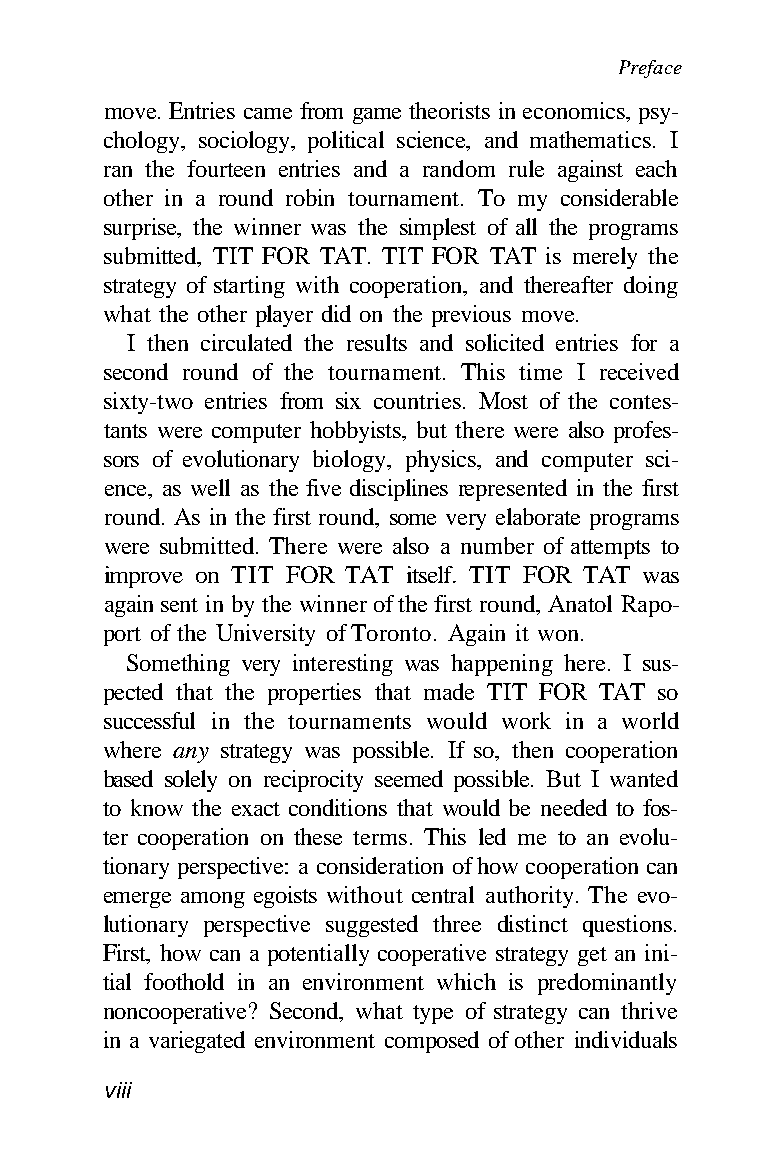
Preface
 move. Entries came from game theorists in economics, psy-
 chology, sociology, political science, and mathematics. I
 ran the fourteen entries and a random rule against each
 other in a round robin tournament. To my considerable
 surprise, the winner was the simplest of all the programs
 submitted, TIT FOR TAT. TIT FOR TAT is merely the
 strategy of starting with cooperation, and thereafter doing
 what the other player did on the previous move.
 I then circulated the results and solicited entries for a
 second round of the tournament. This time I received
 sixty-two entries from six countries. Most of the contes-
 tants were computer hobbyists, but there were also profes-
 sors of evolutionary biology, physics, and computer sci-
 ence, as well as the five disciplines represented in the first
 round. As in the first round, some very elaborate programs
 were submitted. There were also a number of attempts to
 improve on TIT FOR TAT itself. TIT FOR TAT was
 again sent in by the winner of the first round, Anatol Rapo-
 port of the University of Toronto. Again it won.
 Something very interesting was happening here. I sus-
 pected that the properties that made TIT FOR TAT so
 successful in the tournaments would work in a world
 where any strategy was possible. If so, then cooperation
 based solely on reciprocity seemed possible. But I wanted
 to know the exact conditions that would be needed to fos-
 ter cooperation on these terms. This led me to an evolu-
 tionary perspective: a consideration of how cooperation can
 emerge among egoists without central authority. The evo-
 lutionary perspective suggested three distinct questions.
 First, how can a potentially cooperative strategy get an ini-
 tial foothold in an environment which is predominantly
 noncooperative? Second, what type of strategy can thrive
 in a variegated environment composed of other individuals
 viii